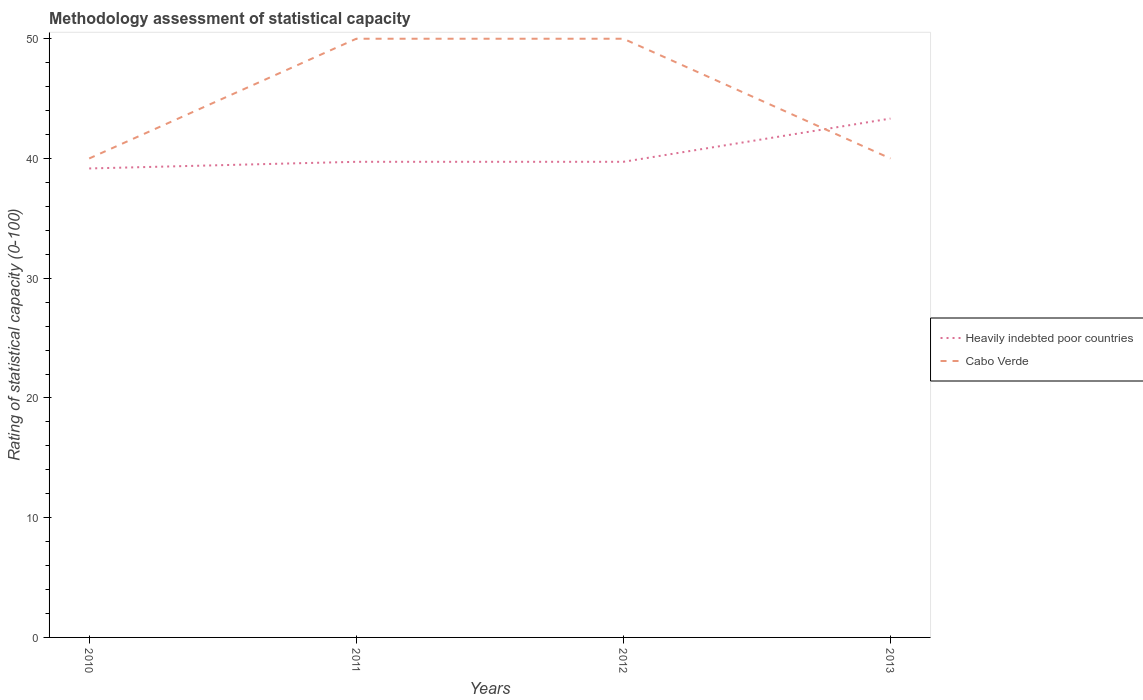
| Years | Heavily indebted poor countries | Cabo Verde |
 | --- | --- | --- |
 | 2010 | 39.2 | 40 |
 | 2011 | 39.7 | 50 |
 | 2012 | 39.7 | 50 |
 | 2013 | 43.3 | 40 |